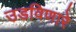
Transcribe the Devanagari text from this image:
उडविणारे